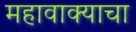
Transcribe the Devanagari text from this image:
महावाक्याचा